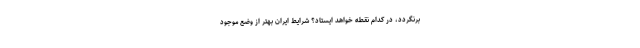
برنگردد، در کدام نقطه خواهد ایستاد؟ شرایط ایران بهتر از وضع موجود